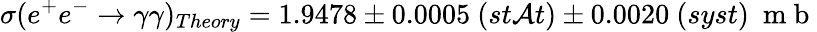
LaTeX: \sigma(e^{+}e^{-}\rightarrow\gamma\gamma)_{Theory}=1.9478\pm0.0005\ (st\mathcal{A}t)\pm0.0020\ (syst)\ \mathrm{{~m~b~}}